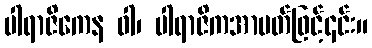
ပါရာဇိကေန ဝါ၊ ပါရာဇိကအာပတ်ဖြင့်၎င်း။